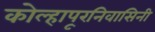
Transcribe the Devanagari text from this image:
कोल्हापूरनिवासिनी